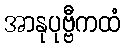
အာနုပုဗ္ဗီကထံ